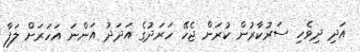
އަދި ދިވެހި ސަރުކާރުން ކުރަން ޖެހޭ ހަރަދުގެ އަދަދު އަންނަ އަހަރަށް ލަފާ